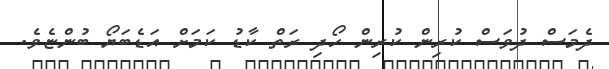
ދެމަސް ދުވަސް ކުރިން ކުރިން ހޯދި ރަތް ކާޑު ކަމަށް އަޑެބަޔޯ ބުންޏެވެ.